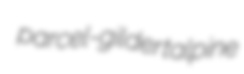
parcel-gilder talpine